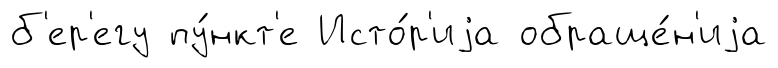
б'ер'егу пу́нкт'е Исто́р'иjа обраще́н'иjа